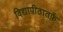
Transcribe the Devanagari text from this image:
विद्यापीठातर्फ़े